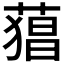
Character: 𮐫